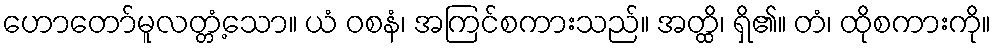
ဟောတော်မူလတ္တံ့သော။ ယံ ဝစနံ၊ အကြင်စကားသည်။ အတ္ထိ၊ ရှိ၏။ တံ၊ ထိုစကားကို။